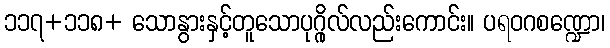
၁၁၇+၁၁၈+ သောနွားနှင့်တူသောပုဂ္ဂိုလ်လည်းကောင်း။ ပရဝဂစဏ္ဍော၊